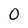
Character: 0